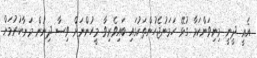
އެއީ ދީނީ މިނިވަންކަމާ ގުޅޭ ހަމަނުޖެހުންތަކުގައި ބައިވެރިވާ މީހުންނަށް ވިސާ ދިނުން މަނާކުރުމަށް